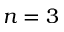
n = 3